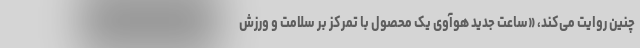
چنین روایت می‌کند، «ساعت جدید هوآوی یک محصول با تمرکز بر سلامت و ورزش